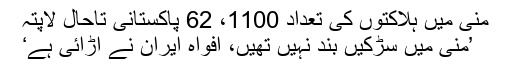
منیٰ میں ہلاکتوں کی تعداد 1100، 62 پاکستانی تاحال لاپتہ
’منیٰ میں سڑکیں بند نہیں تھیں، افواہ ایران نے اڑائی ہے‘